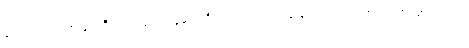
လောကတွင် ဤမျှ ကြီးကျယ်သောလူများ ရှိသေးကြောင်း သူ နားလည်သဘောပေါက်လာခဲ့သည်။